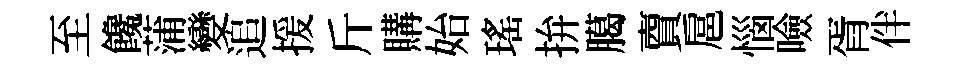
至饞蒲變追援斤購始瑤拚臈𧶠扈惱噞胥伴